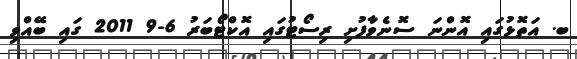
ބ. އަތޮޅުގައި އޮންނަ ސޮނެވާފުށި ރިސޯޓުގައި އޮކްޓޯބަރު 6-9 2011 ގައި ބޭއްވި